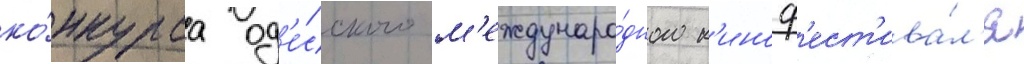
ко́нкурса од'е́сского м'еждунаро́дного к'иноф'ест'ива́л'я